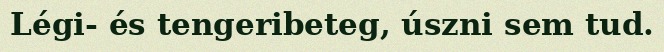
Légi- és tengeribeteg, úszni sem tud.